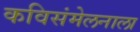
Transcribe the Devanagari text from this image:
कविसंमेलनाला